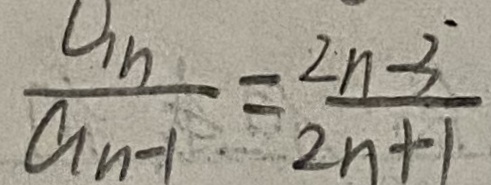
\frac { a _ { n } } { a _ { n - 1 } } = \frac { 2 n - 3 } { 2 n + 1 }